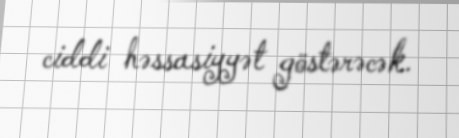
ciddi həssasiyyət göstərəcək.